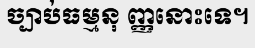
ច្បាប់ធម្មនុ ញ្ញនោះទេ។